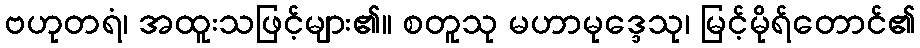
ဗဟုတရံ၊ အထူးသဖြင့်များ၏။ စတူသု မဟာမုဒ္ဒေသု၊ မြင့်မိုရ်တောင်၏